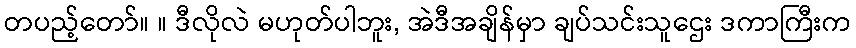
တပည့်တော်။ ။ ဒီလိုလဲ မဟုတ်ပါဘူး, အဲဒီအချိန်မှာ ချပ်သင်းသူဌေး ဒကာကြီးက